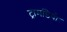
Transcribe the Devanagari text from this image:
ट्रामडिपो